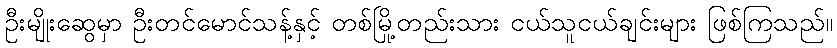
ဦးမျိုးဆွေမှာ ဦးတင်မောင်သန့်နှင့် တစ်မြို့တည်းသား ငယ်သူငယ်ချင်းများ ဖြစ်ကြသည်။